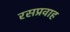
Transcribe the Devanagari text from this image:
रसप्रवाह